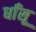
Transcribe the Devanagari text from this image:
धाँसू